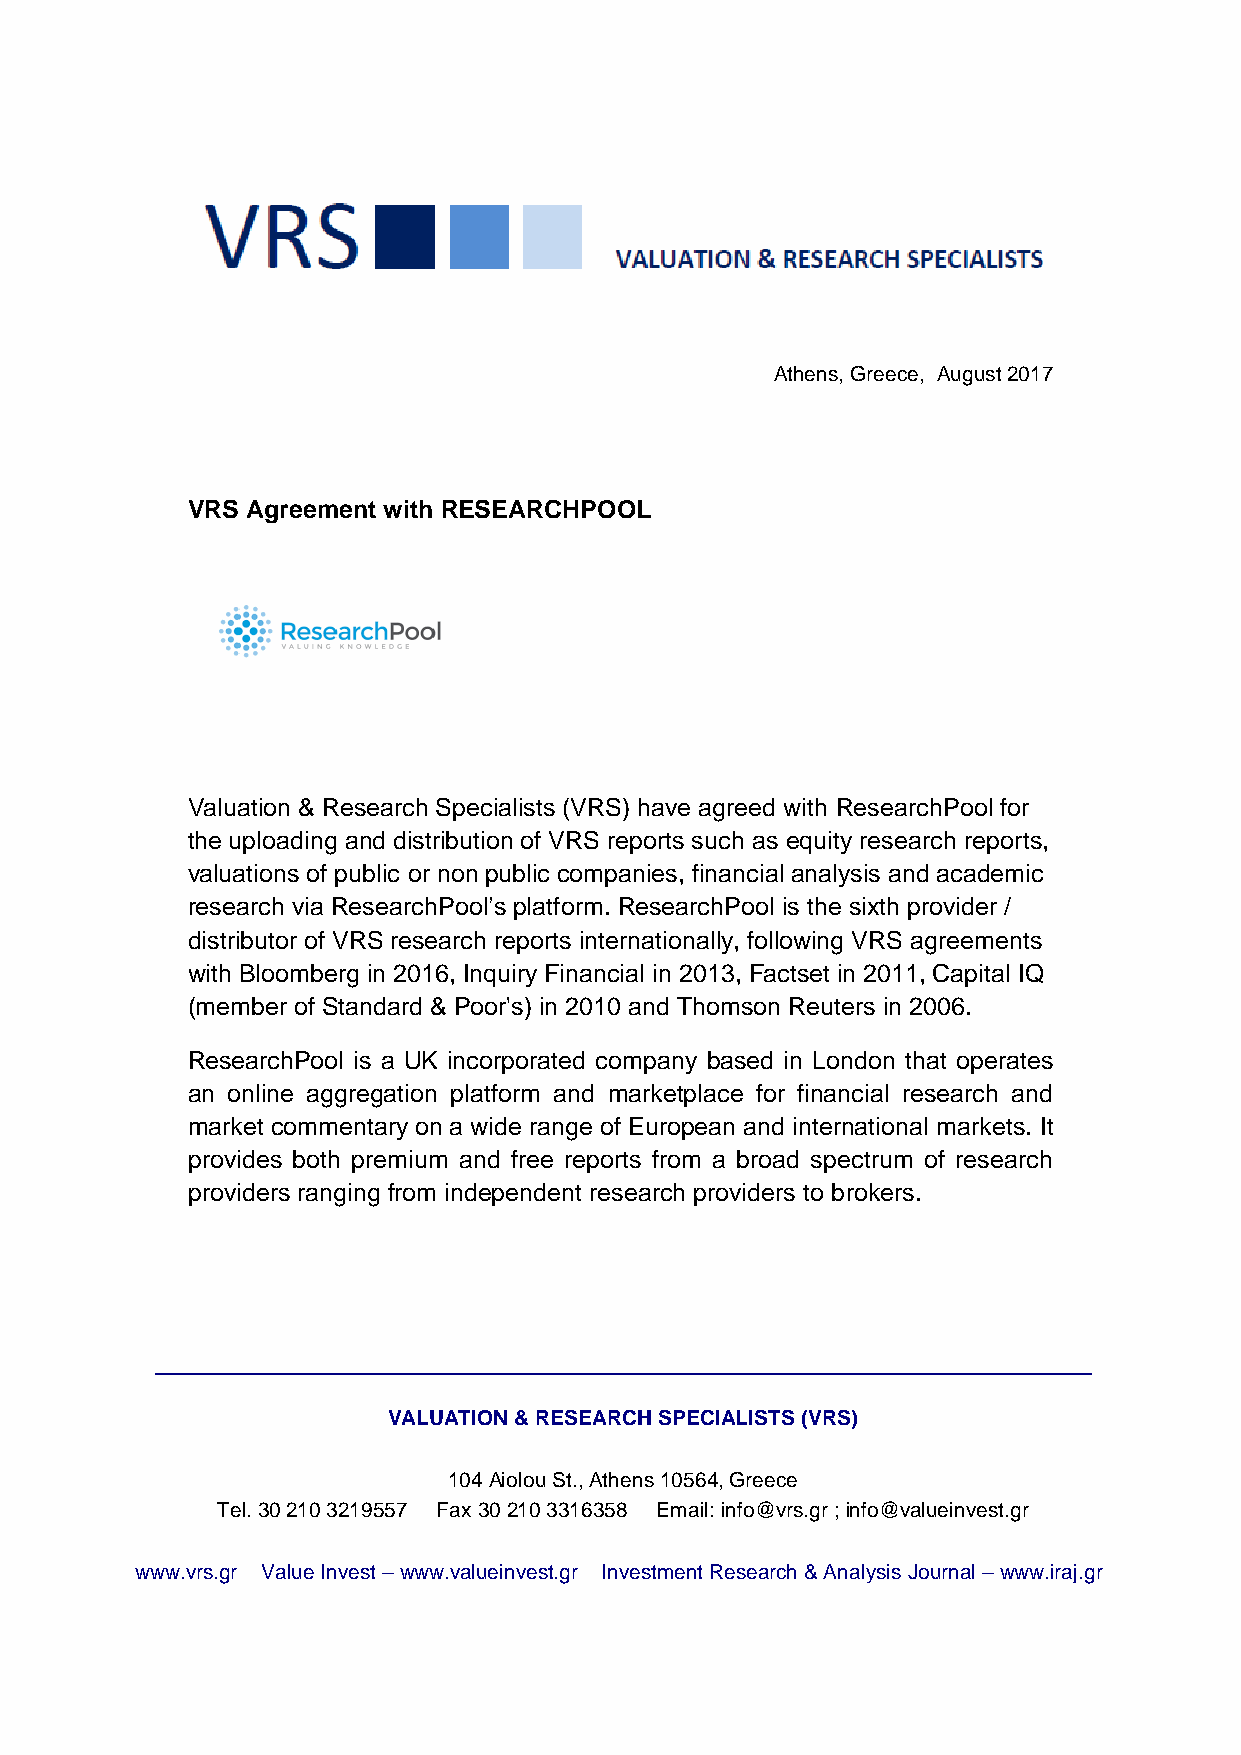
Athens, Greece, August 2017
 VRS Agreement with RESEARCHPOOL
 Valuation & Research Specialists (VRS) have agreed with ResearchPool for
 the uploading and distribution of VRS reports such as equity research reports,
 valuations of public or non public companies, financial analysis and academic
 research via ResearchPool’s platform. ResearchPool is the sixth provider /
 distributor of VRS research reports internationally, following VRS agreements
 with Bloomberg in 2016, Inquiry Financial in 2013, Factset in 2011, Capital IQ
 (member of Standard & Poor's) in 2010 and Thomson Reuters in 2006.
 ResearchPool is a UK incorporated company based in London that operates
 an online aggregation platform and marketplace for financial research and
 market commentary on a wide range of European and international markets. It
 provides both premium and free reports from a broad spectrum of research
 providers ranging from independent research providers to brokers.
 VALUATION & RESEARCH SPECIALISTS (VRS)
 104 Aiolou St., Athens 10564, Greece
 Tel. 30 210 3219557 Fax 30 210 3316358 Email: info@vrs.gr ; info@valueinvest.gr
 www.vrs.gr Value Invest – www.valueinvest.gr Investment Research & Analysis Journal – www.iraj.gr